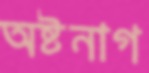
অষ্টনাগ